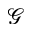
\mathscr { G }